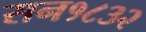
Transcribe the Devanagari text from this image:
सन१८३२